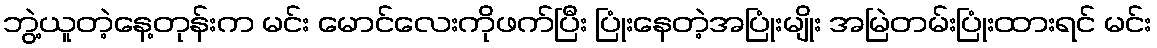
ဘွဲ့ယူတဲ့နေ့တုန်းက မင်း မောင်လေးကိုဖက်ပြီး ပြုံးနေတဲ့အပြုံးမျိုး အမြဲတမ်းပြုံးထားရင် မင်း